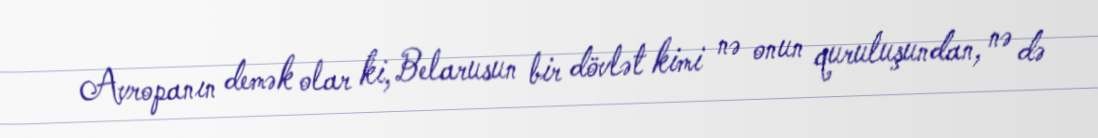
Avropanın demək olar ki, Belarusun bir dövlət kimi nə onun quruluşundan, nə də